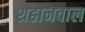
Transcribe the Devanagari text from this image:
शहानवाल